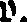
p.